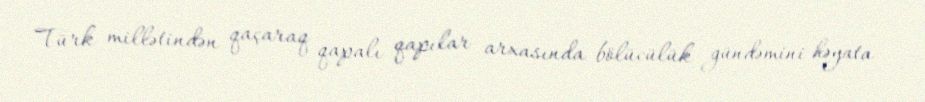
Türk millətindən qaçaraq qapalı qapılar arxasında bölücülük gündəmini həyata